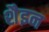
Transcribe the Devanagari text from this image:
शैइन